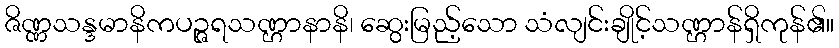
ဇိဏ္ဏသန္ဒမာနိကပဉ္ဇရသဏ္ဌာနာနိ၊ ဆွေးမြည့်သော သံလျင်းချိုင့်သဏ္ဌာန်ရှိကုန်၏။